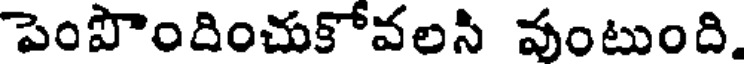
పెంపొందించుకోవలసి వంటుంది.